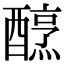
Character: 𨢶